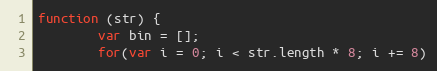
Language: JavaScript
function (str) {
        var bin = [];
        for(var i = 0; i < str.length * 8; i += 8)